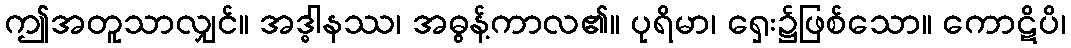
ဤအတူသာလျှင်။ အဒ္ဓါနဿ၊ အဓွန့်ကာလ၏။ ပုရိမာ၊ ရှေး၌ဖြစ်သော။ ကောဋိပိ၊